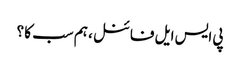
پی ایس ایل فائنل ، ہم سب کا ؟